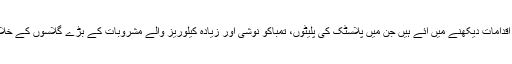
ماضی میں بھی اس قسم کے اقدامات دیکھنے میں آئے ہیں جن میں پلاسٹک کی پلیٹوں، تمباکو نوشی اور زیادہ کیلوریز والے مشروبات کے بڑے گلاسوں کے خلاف کاروائی کی جا چکی ہے۔